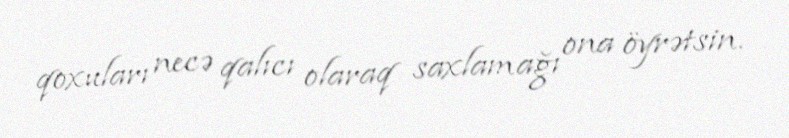
qoxuları necə qalıcı olaraq saxlamağı ona öyrətsin.